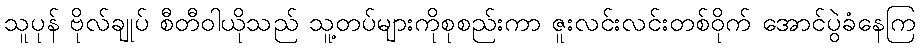
သူပုန် ဗိုလ်ချုပ် စီတီဝါယိုသည် သူ့တပ်များကိုစုစည်းကာ ဇူးလင်းလင်းတစ်ဝိုက် အောင်ပွဲခံနေကြ